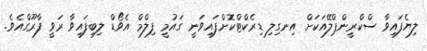
ލިޔެފައިވާ ސްކްރީންޕްލޭއަކަށް އިނގިލި ޑިރެކްޓްކޮށްފައިވަނީ ގައުމީ ފިލްމް އެވޯޑް ލިބިފައިވާ ރަވީ ފާރޫގްއެވެ.